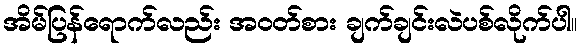
အိမ်ပြန်ရောက်လည်း အဝတ်စား ချက်ချင်းလဲပစ်လိုက်ပါ။